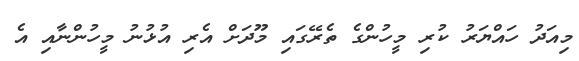
މިއަދު ހައްޔަރު ކުރި މީހުންގެ ތެރޭގައި މޫދަށް އެރި އުޅުނު މީހުންނާއި އެ